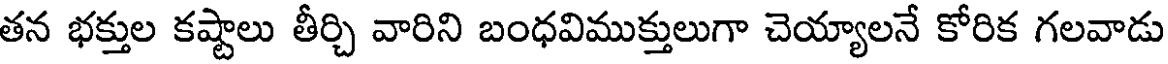
తన భక్తుల కష్టాలు తీర్చి వారిని బంధవిముక్తులుగా చెయ్యాలనే కోరిక గలవాడు